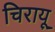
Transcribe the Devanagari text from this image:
चिरायू